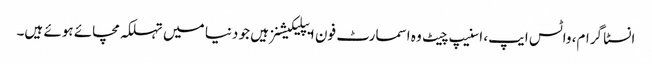
انسٹا گرام، واٹس ایپ، اسنیپ چیٹ وہ اسمارٹ فون ایپلیکیشنز ہیں جو دنیا میں تہلکہ مچائے ہوئے ہیں۔